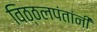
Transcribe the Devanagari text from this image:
विठ्ठलपंतांनी